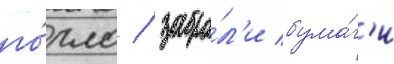
го́рло / забра́л'и бума́г'и